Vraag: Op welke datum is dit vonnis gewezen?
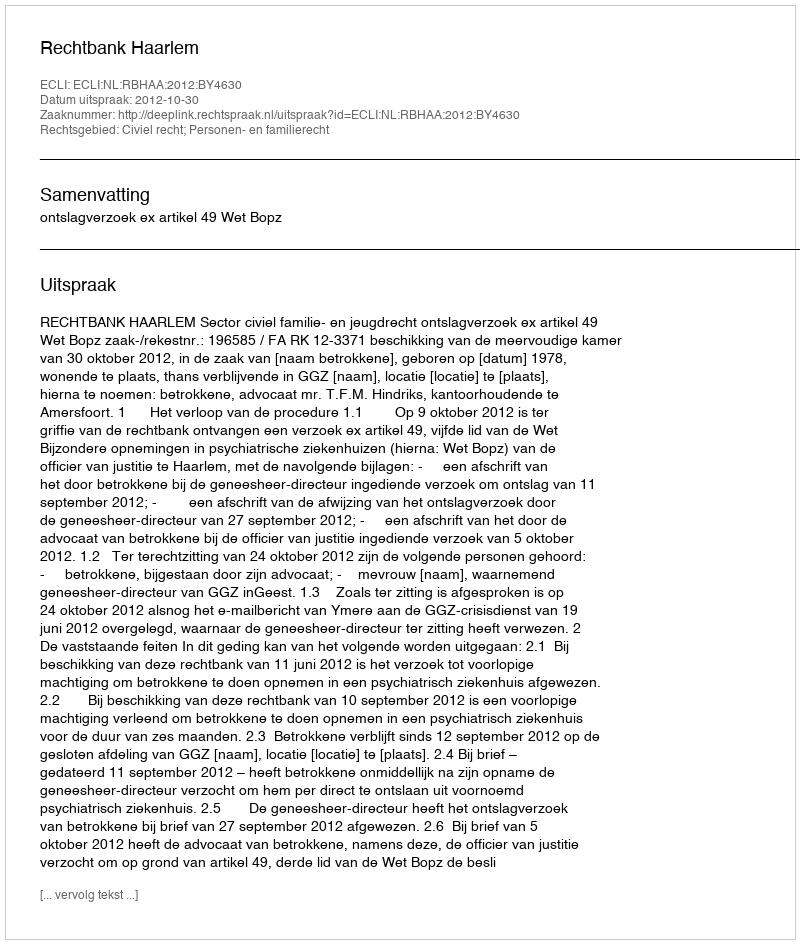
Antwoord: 2012-10-30